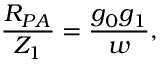
\frac { R _ { P A } } { Z _ { 1 } } = \frac { g _ { 0 } g _ { 1 } } { w } ,